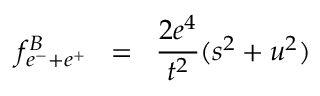
f ^ { B } \! \! \! \! _ { e ^ { - } + e ^ { + } } \; \; = \; \; \frac { 2 e ^ { 4 } } { t ^ { 2 } } ( s ^ { 2 } + u ^ { 2 } )